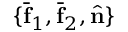
\{ \bar { \bf f } _ { 1 } , \bar { \bf f } _ { 2 } , \hat { \bf n } \}